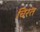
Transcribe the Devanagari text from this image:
चिरत